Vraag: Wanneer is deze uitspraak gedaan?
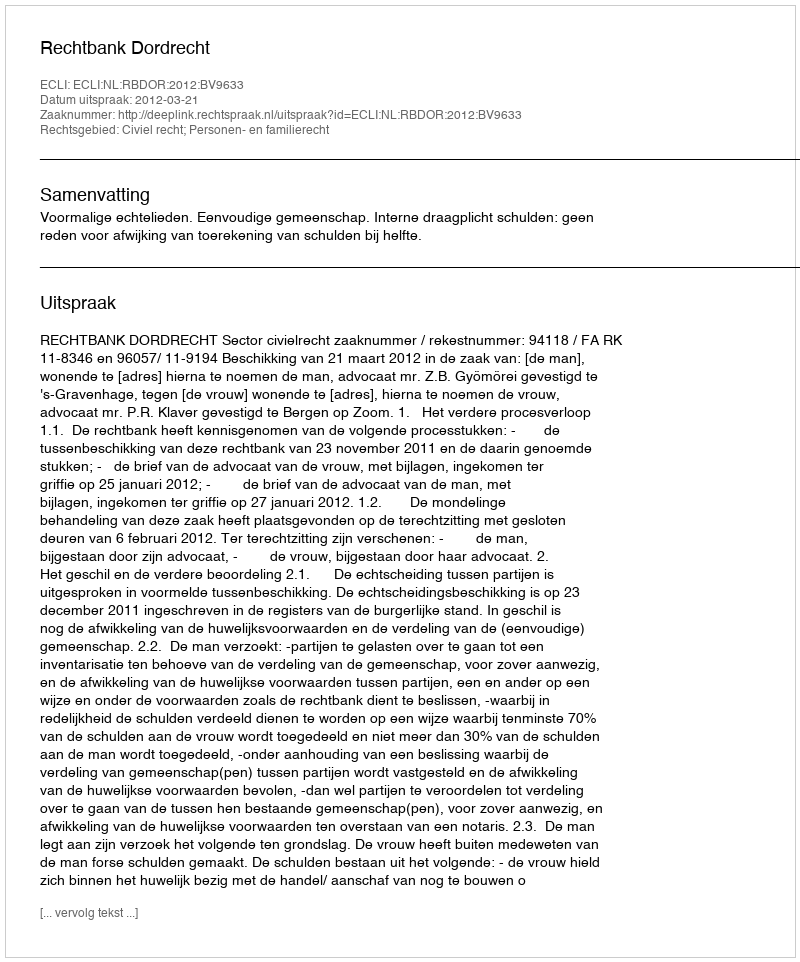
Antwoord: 2012-03-21